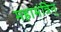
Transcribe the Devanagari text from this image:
महामंत्रिन्‌